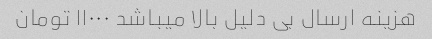
هزینه ارسال بی دلیل بالا میباشد ۱۱۰۰۰ تومان